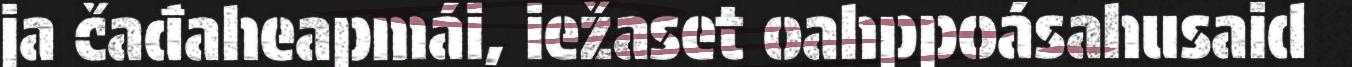
ja čađaheapmái, iežaset oahppoásahusaid